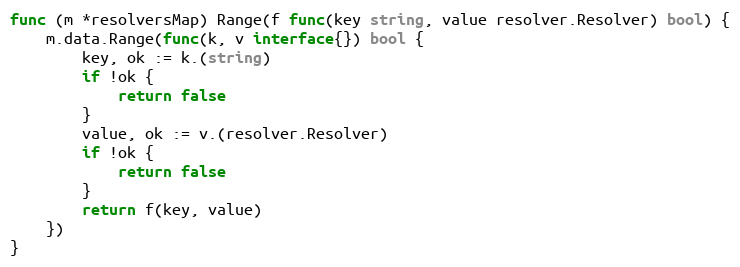
Language: Go
func (m *resolversMap) Range(f func(key string, value resolver.Resolver) bool) {
	m.data.Range(func(k, v interface{}) bool {
		key, ok := k.(string)
		if !ok {
			return false
		}
		value, ok := v.(resolver.Resolver)
		if !ok {
			return false
		}
		return f(key, value)
	})
}